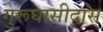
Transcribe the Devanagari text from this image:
गुरूघासीदास